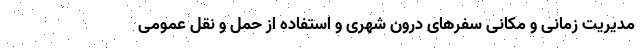
مدیریت زمانی و مکانی سفرهای درون شهری و استفاده از حمل و نقل عمومی